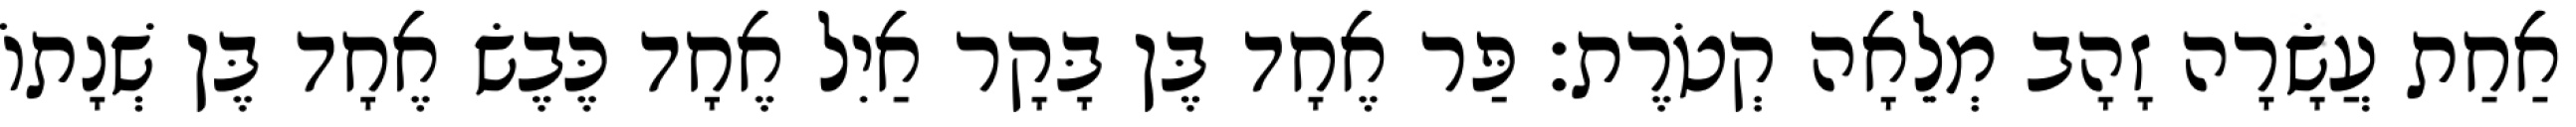
אַחַת עֲשָׂרָה זָהָב מְלֵאָה קְטֹרֶת׃ פַּר אֶחָד בֶּן בָּקָר אַיִל אֶחָד כֶּבֶשׂ אֶחָד בֶּן שְׁנָתוֹ